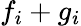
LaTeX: f_{i}+g_{i}